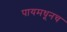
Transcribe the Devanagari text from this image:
पायमधूनच